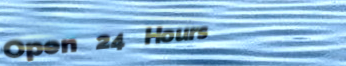
Open 24 Hours